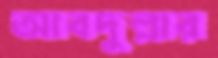
আবদুল্লার